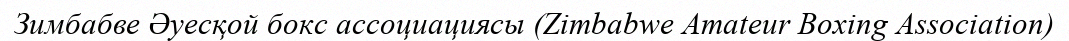
Зимбабве Әуесқой бокс ассоциациясы (Zimbabwe Amateur Boxing Association)